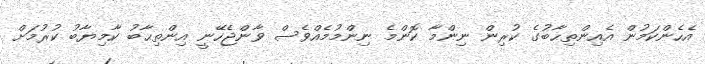
އެހެންކަމުން އެއިންތިޙާބުގެ ކުރިން ނިންމާ ކޮންމެ ނިންމުމެއްވެސް ވާންޖެހޭނީ އިންތިޙާބު ކާމިޔާބު ކުރުމަށް